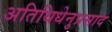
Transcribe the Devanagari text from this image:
अतिथिधेनुप्रसाद